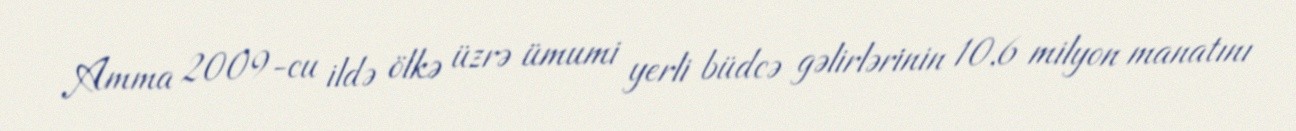
Amma 2009-cu ildə ölkə üzrə ümumi yerli büdcə gəlirlərinin 10,6 milyon manatını